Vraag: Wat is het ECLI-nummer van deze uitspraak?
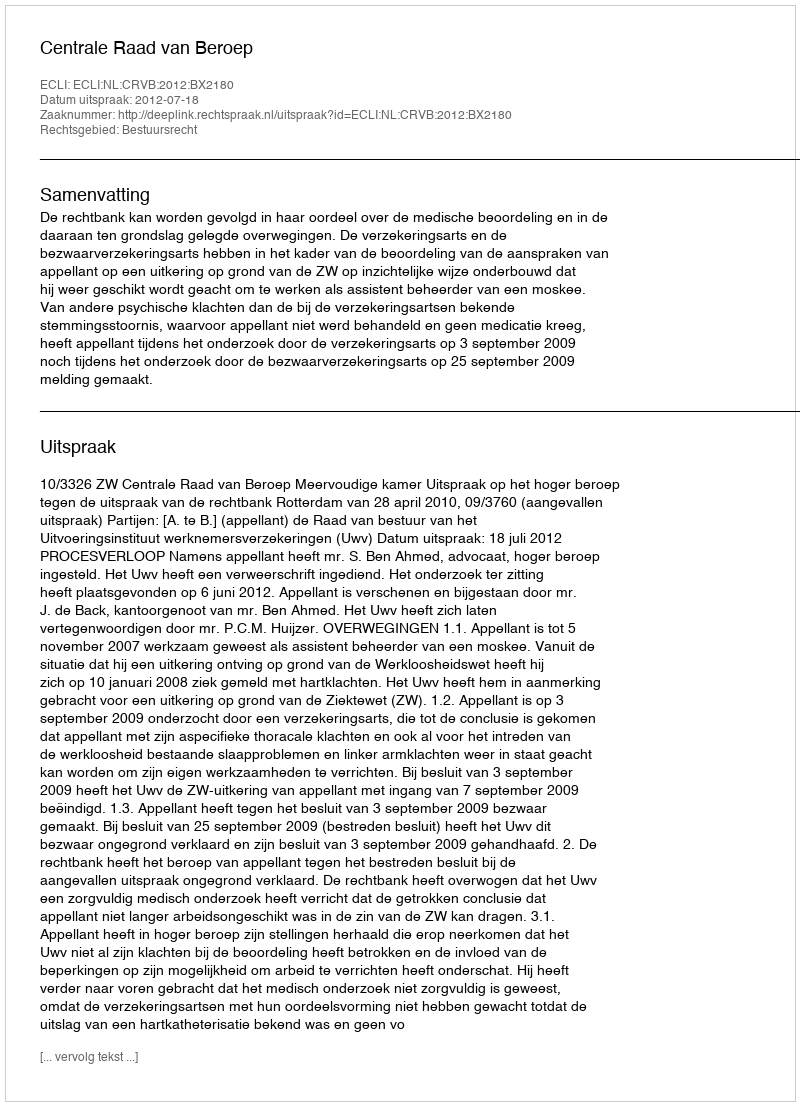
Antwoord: ECLI:NL:CRVB:2012:BX2180